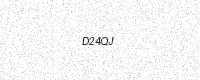
Text: D24QJ